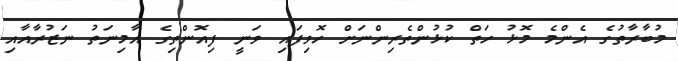
މުބާރާތުގެ އެންމެ މޮޅު ހަތް ކުޅުންތެރިންނަށް ހޮވިފައި ވަނީ ފިއޮންތިގެ އާމިނަތު ނަޒުރާއާއި